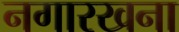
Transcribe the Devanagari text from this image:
नगारखना